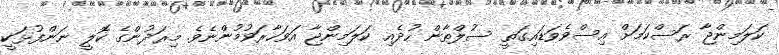
ކަލަމިންޖާ ރަސްކަމަށް އިސްވެވަޑައިގަތީ ސުލްޠާން ހުދެއި ކަލަމިންޖާ އަވަހާރަވުމުންނެވެ. މިރަދުންގެ ކޮލީ ނަންފުޅަކީ